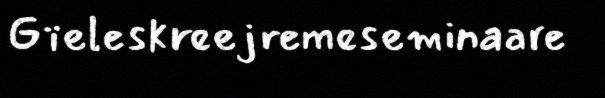
Gïeleskreejremeseminaare